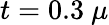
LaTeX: t=0.3~\mu